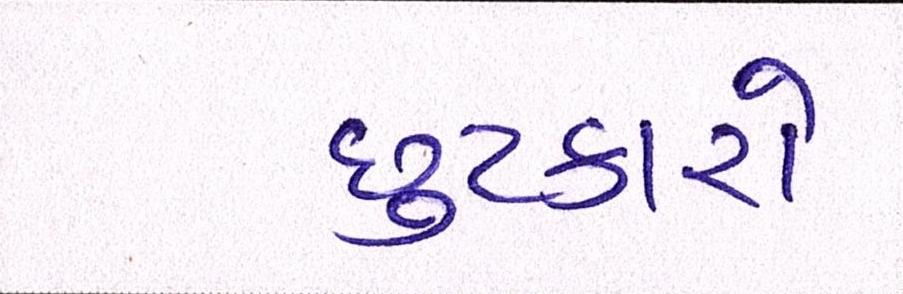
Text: છુટકારો